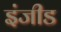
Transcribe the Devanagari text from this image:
इंजीड